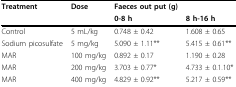
<table><thead><tr><td><b>Treatment</b></td><td><b>Dose</b></td><td><b>Faeces out put (g)</b></td><td></td></tr><tr><td></td><td></td><td><b>0-8 h</b></td><td><b>8 h-16 h</b></td></tr></thead><tbody><tr><td>Control</td><td>5 mL/kg</td><td>0.748 ± 0.42</td><td>1.608 ± 0.65</td></tr><tr><td>Sodium picosulfate</td><td>5 mg/kg</td><td>5.090 ± 1.11**</td><td>5.415 ± 0.61**</td></tr><tr><td>MAR</td><td>100 mg/kg</td><td>0.892 ± 0.17</td><td>1.190 ± 0.28</td></tr><tr><td>MAR</td><td>200 mg/kg</td><td>3.703 ± 0.77*</td><td>4.733 ± 0.1.10*</td></tr><tr><td>MAR</td><td>400 mg/kg</td><td>4.829 ± 0.92**</td><td>5.217 ± 0.59**</td></tr></tbody></table>